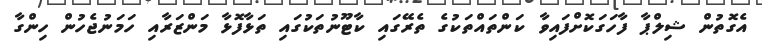
އެގޮތުން ޝިލްޕާ ފާހަގަކޮށްފައިވާ ކަންތައްތަކުގެ ތެރޭގައި ކާޓޫނުތަކުގައި ތަޅާފޮޅާ މަންޒަރާއި ހަމަނުޖެހުން ހިންގާ